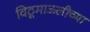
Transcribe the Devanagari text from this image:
विठूमाऊलीच्या